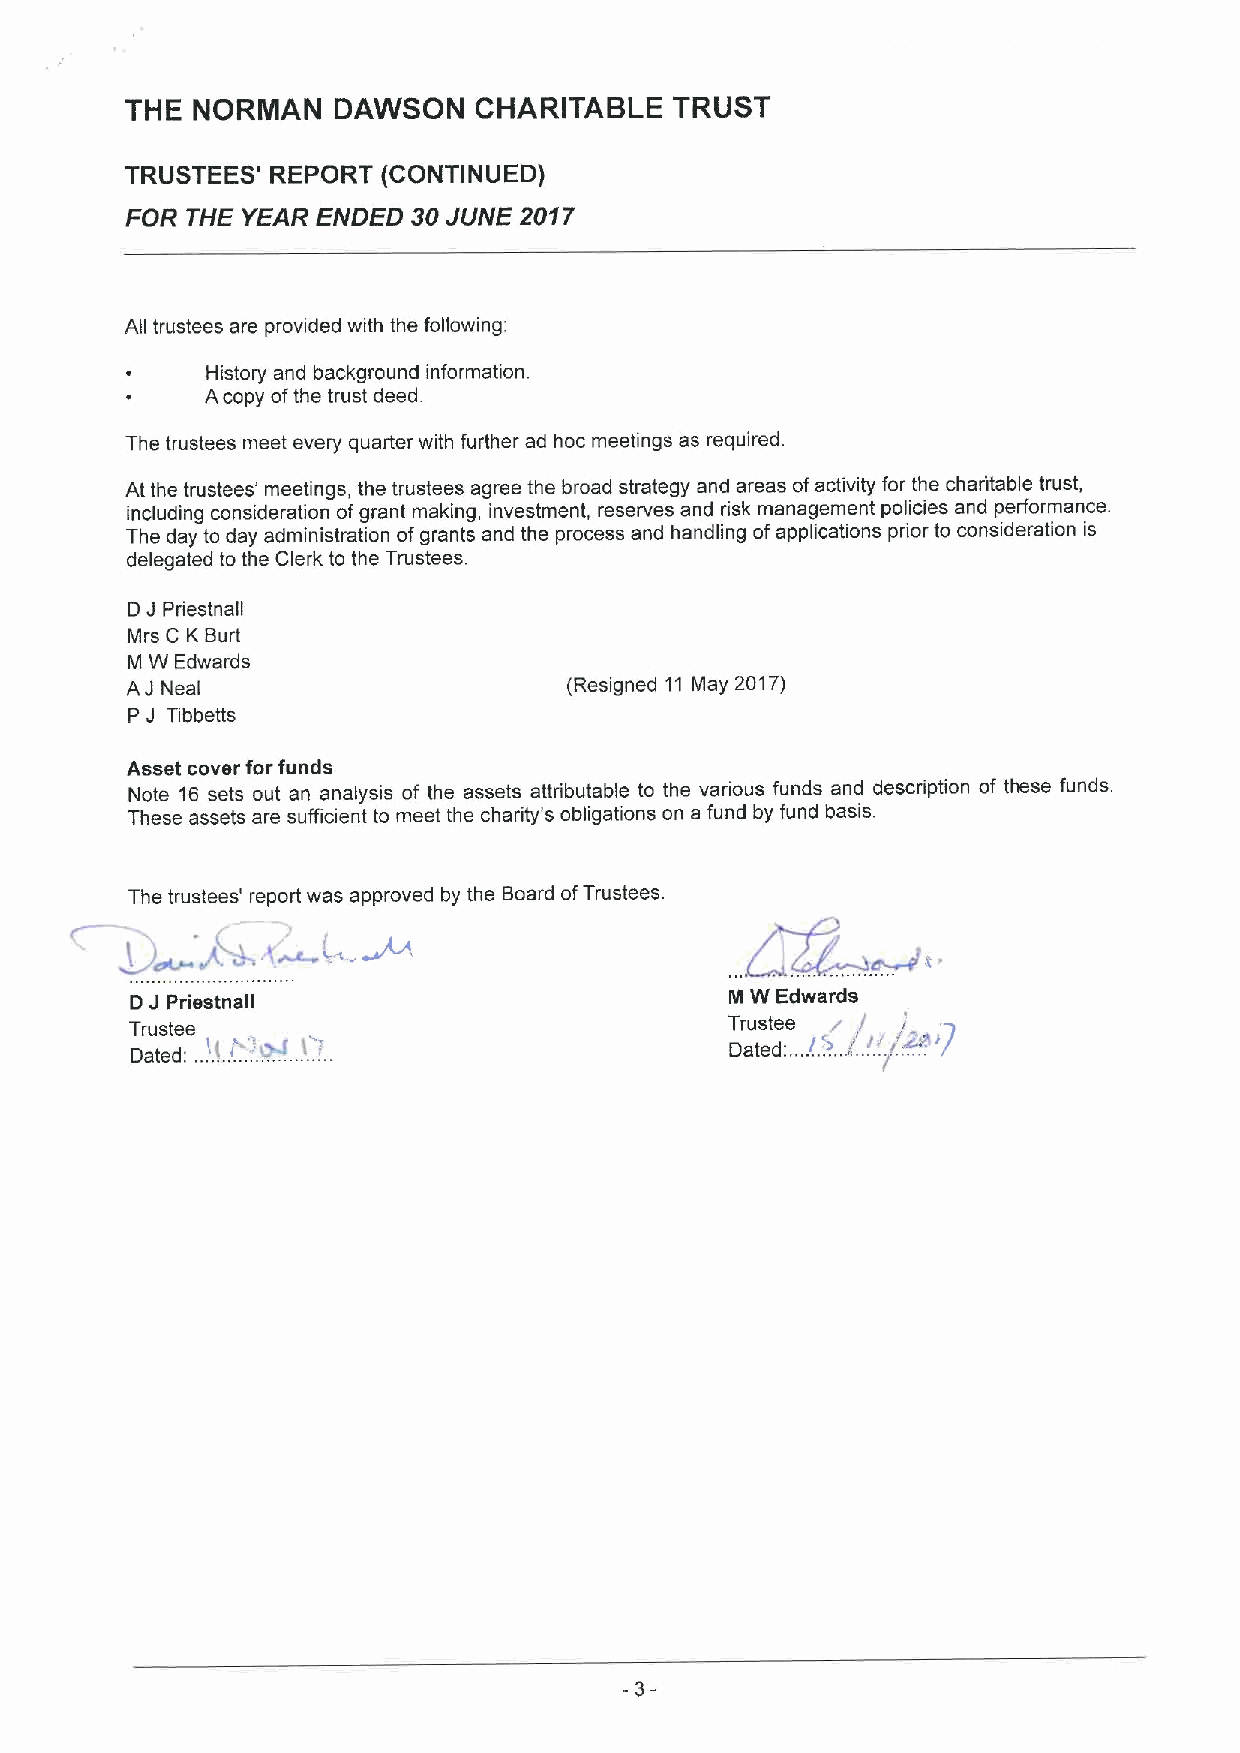
THE  NORMAN   DAWSON   CHARITABLE    TRUST
 TRUSTEES' REPORT (CONTINUED)
 FOR THE YEAR ENDED 30JUNE 2017
 All trustees are provided with the following:
 History and background information.
 Acopy ofthe trust deed.
 The trustees meet every quarter with further ad hoc meetings as required.
 At the trustees' meetings, the trustees agree the broad strategy and areas ofactivity for the charitable trust,
 including consideration ofgrant making, investment, reserves and risk management policies and performance.
 The day to day administration ofgrants and the process and handling ofapplications prior to consideration is
 delegated to the Clerk to the Trustees.
 D J Priestnall
 Mrs C K Burt
 M W Edwards
 AJ Neal                       (Resigned 11 May 2017)
 P J Tibbetts
 Asset cover for funds
 Note 16 sets out an analysis of the assets attributable to the various funds and description of these funds.
 These assets are sufficient to meet the charity's obligations on a fund by fund basis.
 The trustees' report was approved by the Board ofTrustees
 i~„&@.
 (
 I
 DJ Priestnall                          M W Edward is
 Trustee                                Trustee !. / 'J 2a '7
 Dated
 Dated:... ~..y..!". '' ./.r" .""'